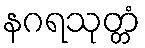
နဂရသုတ္တံ